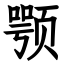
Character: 颚